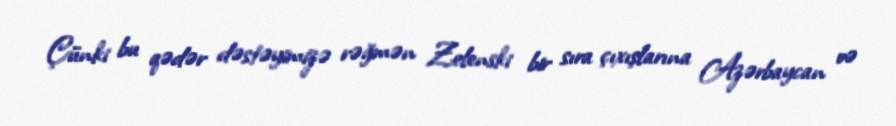
Çünki bu qədər dəstəyimizə rəğmən Zelenski bir sıra çıxışlarına Azərbaycan və